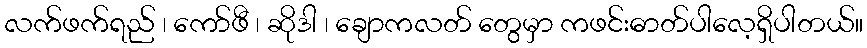
လက်ဖက်ရည် ၊ ကော်ဖီ ၊ ဆိုဒါ ၊ ချောကလတ် တွေမှာ ကဖင်းဓာတ်ပါလေ့ရှိပါတယ်။